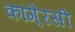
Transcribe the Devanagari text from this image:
कांगे्रसी